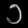
Digit: ၁